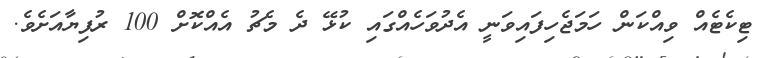
ޓިކެޓެއް ވިއްކަން ހަމަޖެހިފައިވަނީ އެދުވަހެއްގައި ކުޅޭ ދެ މެޗު އެއްކޮށް 100 ރުފިޔާއަށެވެ.